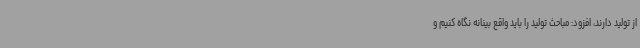
از تولید دارند، افزود: مباحث تولید را باید واقع بینانه نگاه کنیم و